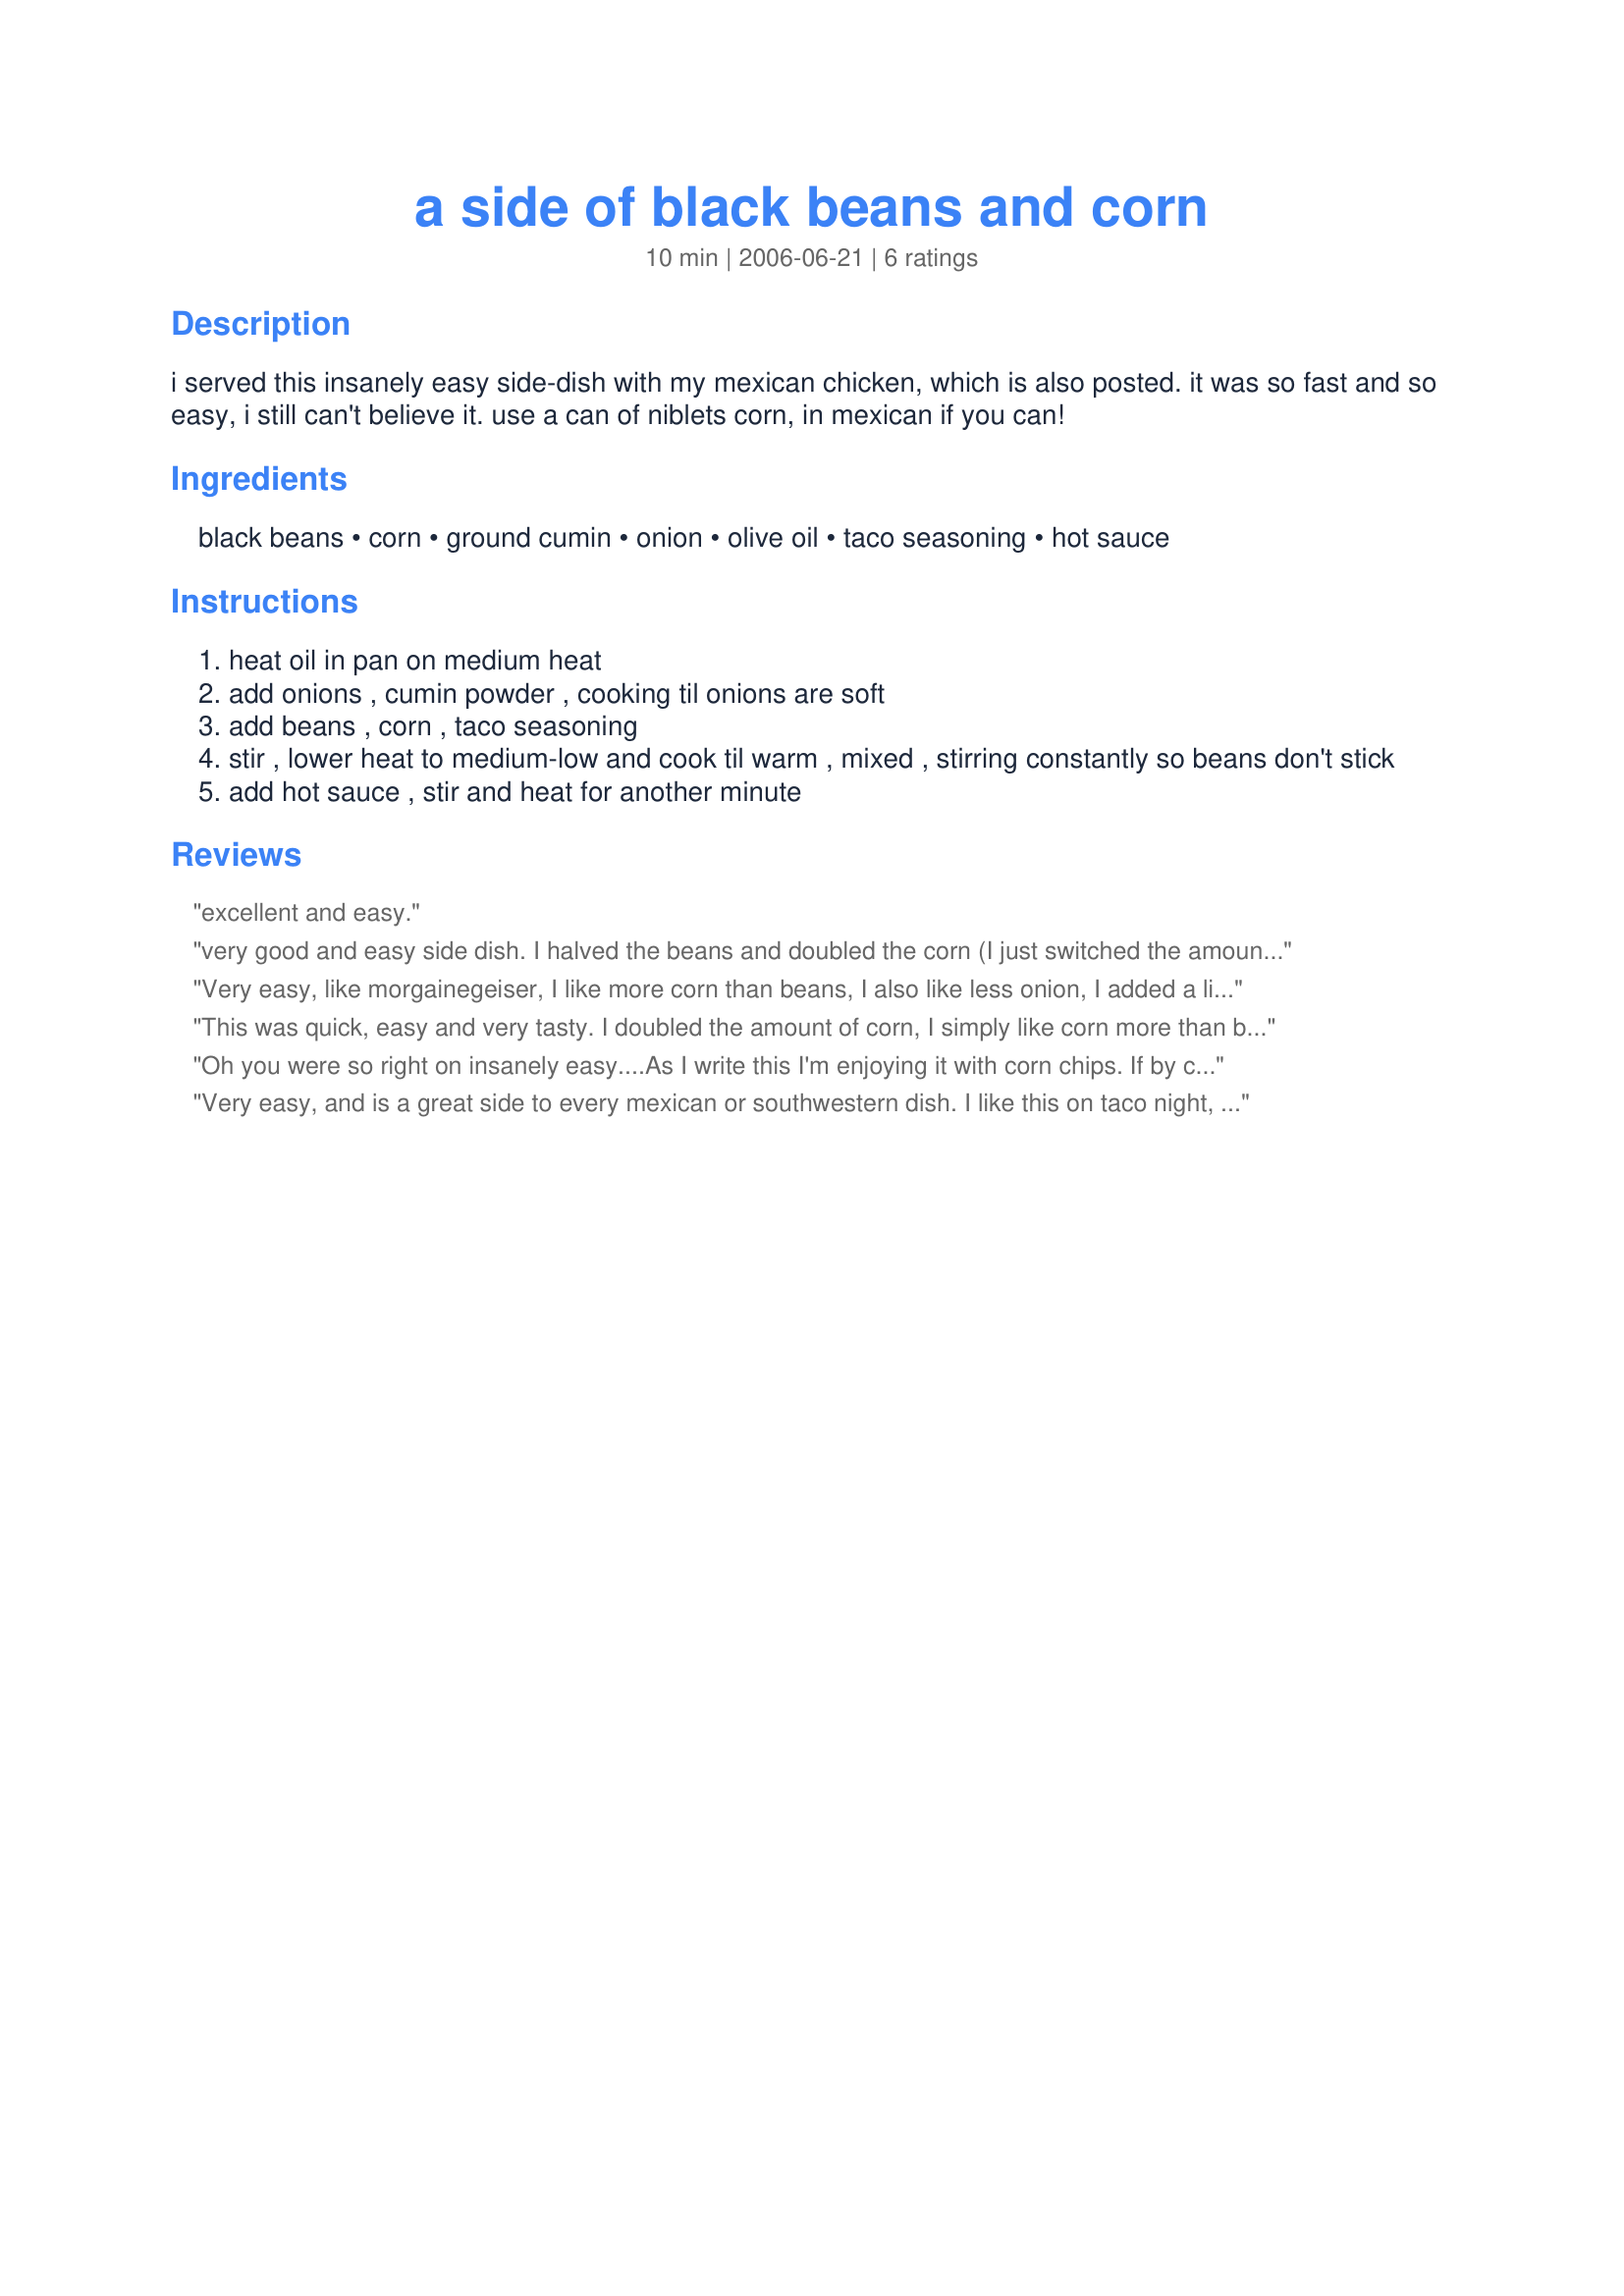
a side of black beans and corn
Preparation time: 10 minutes

i served this insanely easy side-dish with my mexican chicken, which is also posted. it was so fast and so easy, i still can't believe it. use a can of niblets corn, in mexican if you can!

Ingredients:
black beans, corn, ground cumin, onion, olive oil, taco seasoning, hot sauce

Steps:
heat oil in pan on medium heat
add onions , cumin powder , cooking til onions are soft
add beans , corn , taco seasoning
stir , lower heat to medium-low and cook til warm , mixed , stirring constantly so beans don't stick
add hot sauce , stir and heat for another minute

Reviews:
excellent and easy.
very good and easy side dish. I halved the beans and doubled the corn (I just switched the amounts because I wanted more corn than beans). I didn't use mexican corn so I added peppers and tomatoes. I left out the cumin and only added the taco seasoning.
Very easy, like morgainegeiser, I like more corn than beans, I also like less onion, I added a little chili powder to the recipe and cheese on top. Soooo easy and felt so good to use left-overs in the refrigerator. Will make again. Thanks.
This was quick, easy and very tasty. I doubled the amount of corn, I simply like corn more than black beans. Will make again, thanks.
Oh you were so right on insanely easy....As I write this I'm enjoying it with corn chips. If by chance there will be any left to serve my DH and other family members, they will get to try it too! I will make this again. Oh I made it two ways, one the way you have it and two, I added alilttle cilantro, I love both ways!!
Very easy, and is a great side to every mexican or southwestern dish. I like this on taco night, and I have even used this to stuff poblano peppers with some mexican melting cheese.
